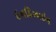
ઇનડિઝાઇન